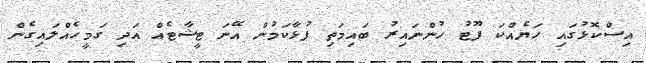
އިސްކޮޅުގައި ހަޔެއްކަ ފޫޓު ހުންނައިރު ބައިމަތި ފުޅާކަމުން އޭނަ ޓީޝާޓެއް އަދި ގަމީހެއްލައިގެން